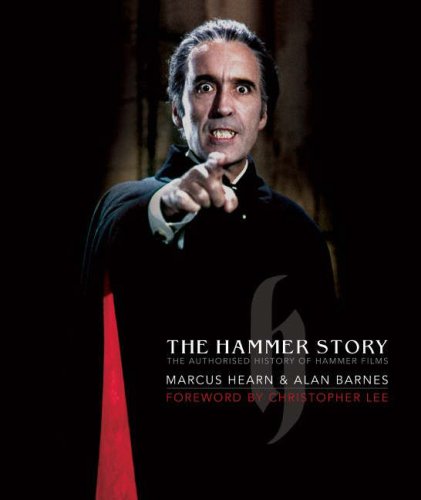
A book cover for The Hammer Story; Marcus Hearn; Humor & Entertainment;